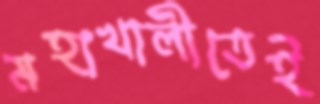
মহাখালীতেই